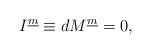
LaTeX: \begin{align*}I^{\underline{m}} \equiv dM^{\underline{m}} = 0 ,\end{align*}